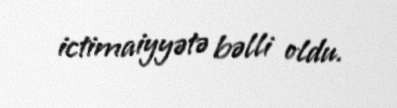
ictimaiyyətə bəlli oldu.